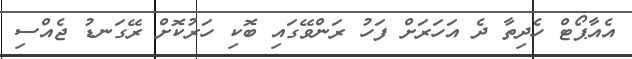
އެއާޕޯޓް ހެދިތާ ދެ އަހަރަށް ފަހު ރަންވޭގައި ބޮކި ހަރުކޮށް ރޭގަނޑު ޖެއްސި